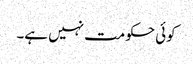
کوئی حکومت نہیں ہے۔